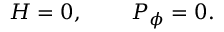
{ \cal H } = 0 , \; \; \; \; \; \; \; \; { \cal P } _ { \phi } = 0 .